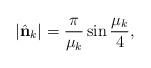
LaTeX: \begin{align*} |\hat{\bf n}_k| = {\pi\over\mu_k} \sin{\mu_k \over 4},\end{align*}